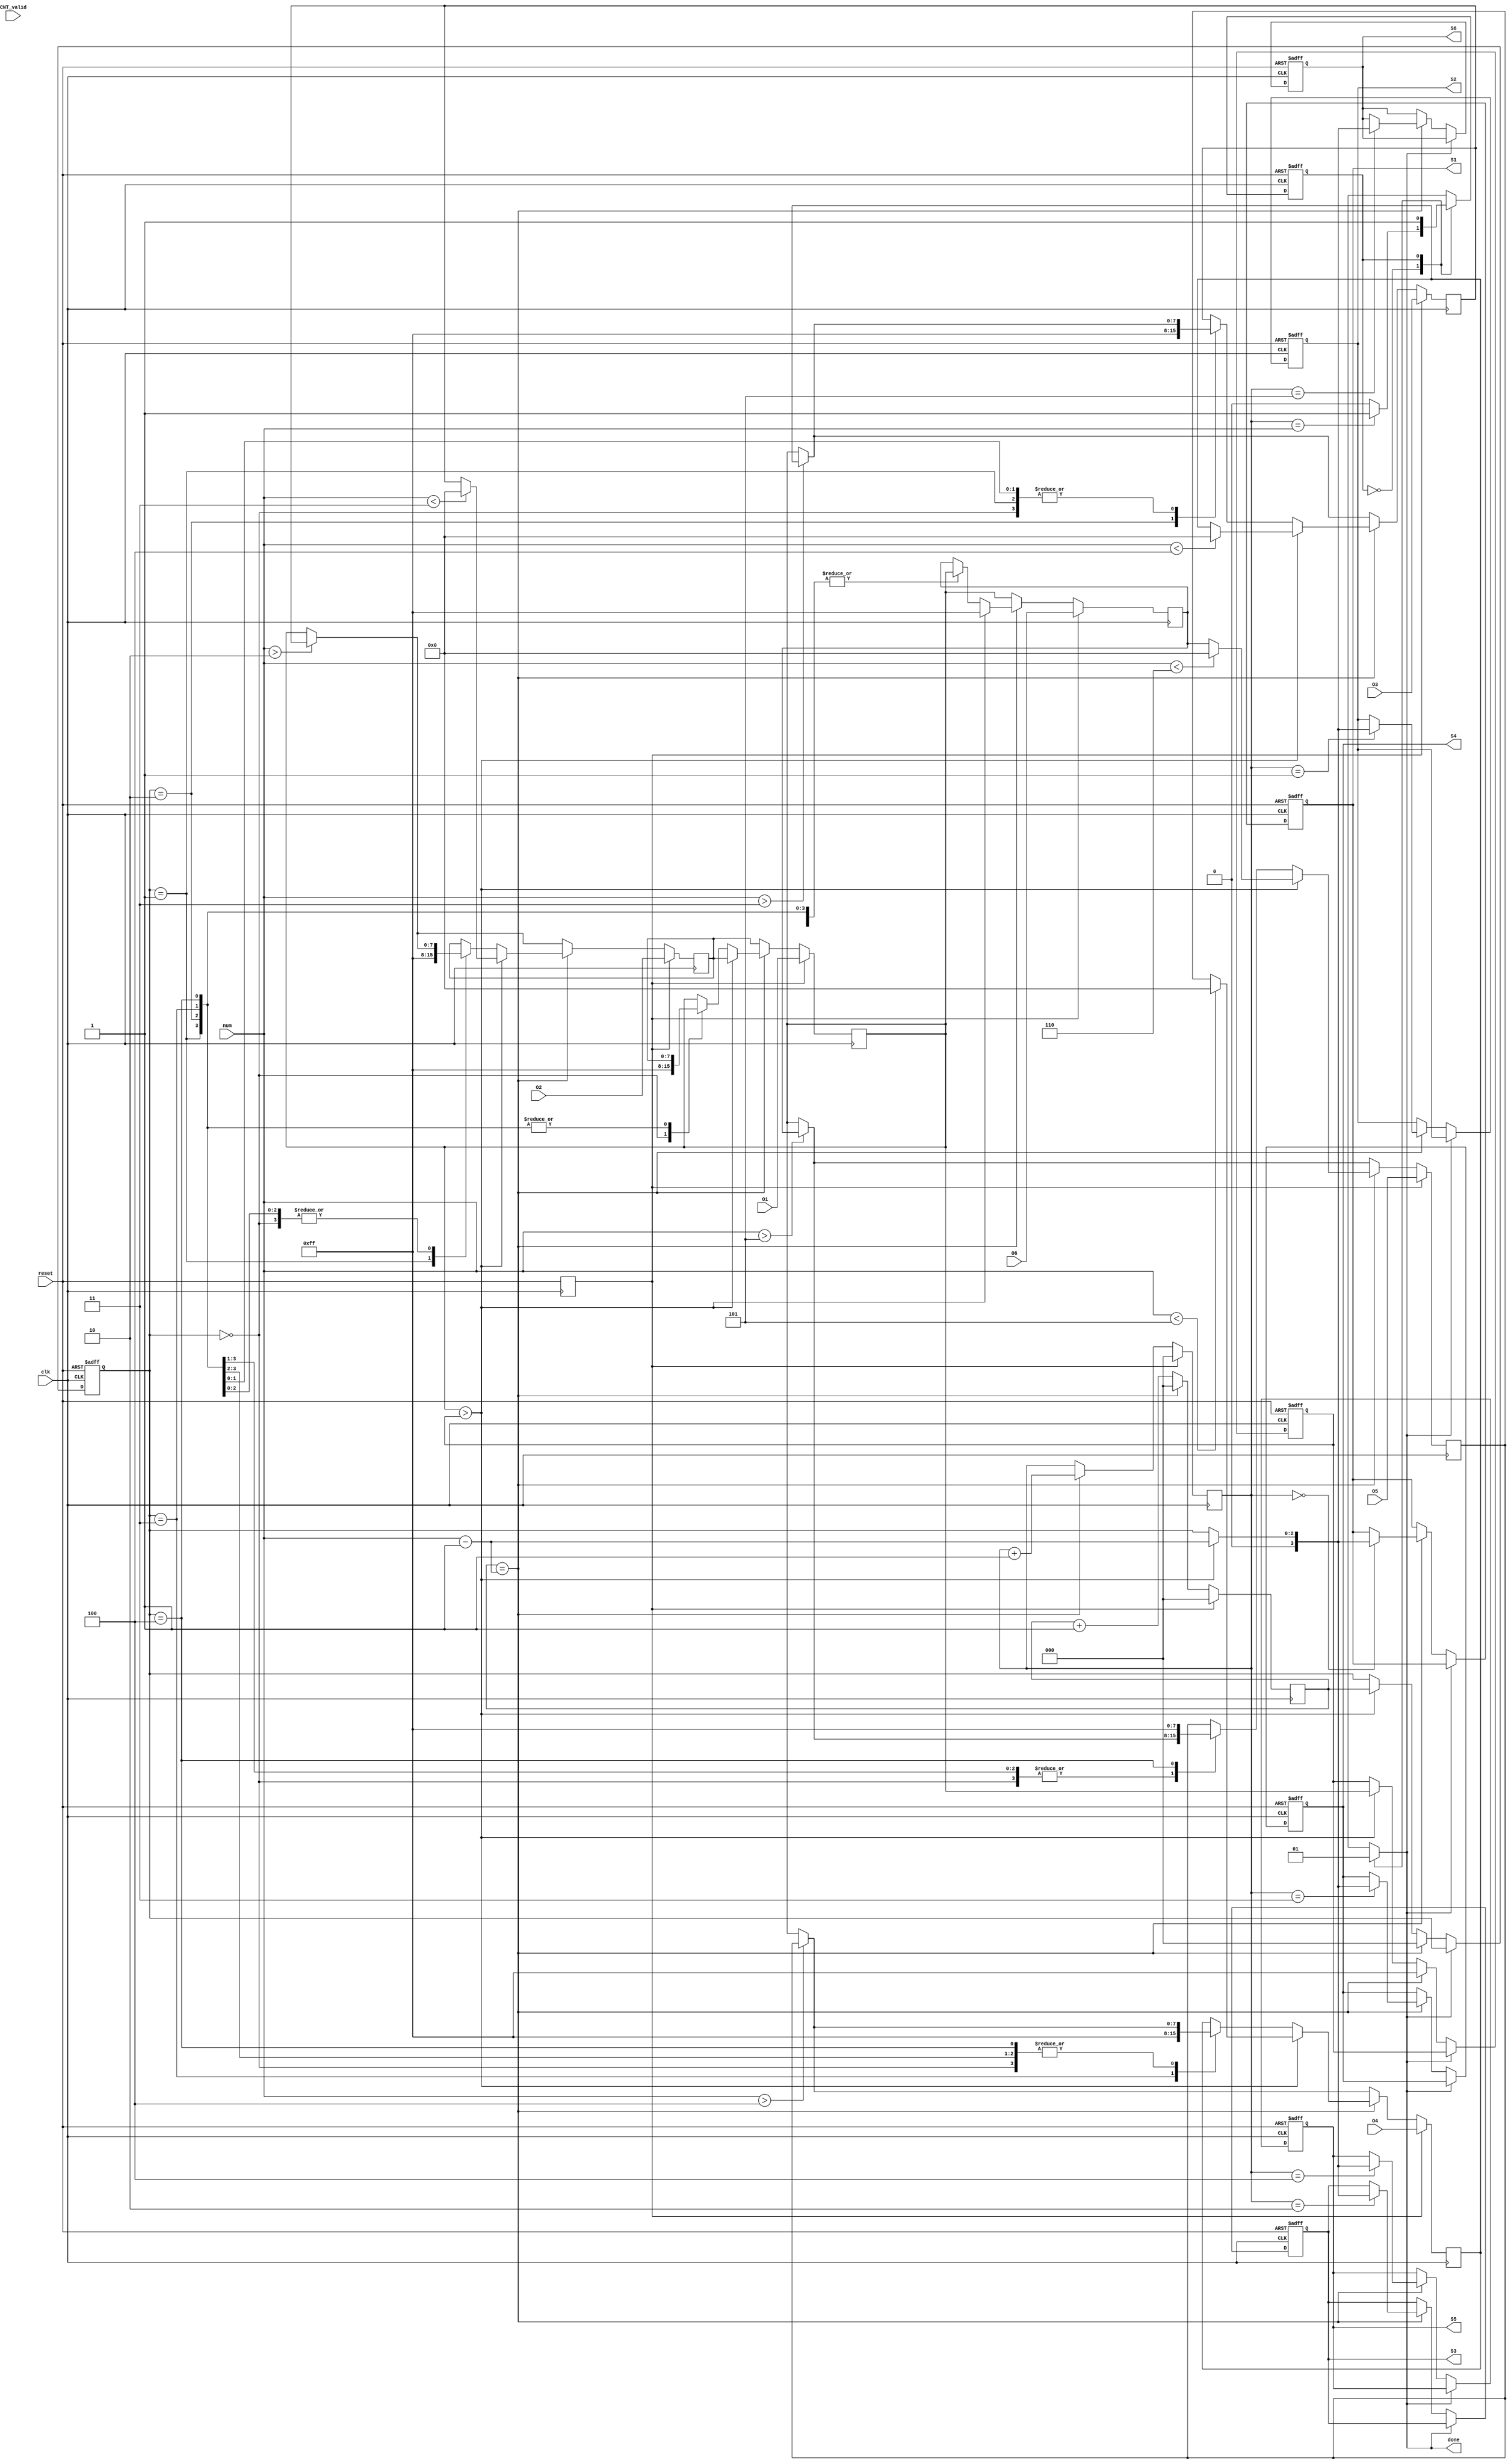
module Sorting(clk,
               reset,
               CNT_valid,
               num,
               O1,
               O2,
               O3, 
               O4,
               O5,
               O6,
               S1,
               S2, 
               S3,
               S4,
               S5,
               S6,
               done);

input            clk;
input            reset;
input            CNT_valid;
input      [2:0] num;
input      [7:0] O1;
input      [7:0] O2;
input      [7:0] O3;
input      [7:0] O4;
input      [7:0] O5;
input      [7:0] O6;
output     [3:0] S1;
output     [3:0] S2;
output     [3:0] S3;
output     [3:0] S4;
output     [3:0] S5;
output     [3:0] S6;
output           done;

reg        [3:0] S1;
reg        [3:0] S2;
reg        [3:0] S3;
reg        [3:0] S4;
reg        [3:0] S5;
reg        [3:0] S6;

reg              cs;
reg              ns;

reg              find;
reg        [2:0] cnt;
reg        [2:0] finish_cnt;
reg signed [7:0] sort_reg [0:5];

reg        [2:0] tmp_index;
reg signed [7:0] tmp;

reg              done;

wire             last_index;
wire       [2:0] num_1;

reg              rst_1;

parameter        SORT = 1'b0,
                 DONE = 1'b1;

integer i;

// ==================== Control Unit ====================
always @(posedge clk or posedge reset) begin 
  if (reset) cs <= SORT;
  else       cs <= ns;
end

always @(*) begin
  ns = cs;
  case (cs)
    SORT: begin
      if (finish_cnt == num) ns = DONE;
    end
    DONE: begin
    end
  endcase
end

always @(*) begin
  done    = 'b0;
  case (cs)
    SORT: begin
    end
    DONE: begin
      done = 'b1;
    end
  endcase
end
// ======================================================

// ====================== Datapath ======================
assign last_index = cnt == num_1;
assign num_1 = num - 'b1;

// make reset deley 1 cycle
always @(posedge clk) rst_1 <= reset;

always @(posedge clk) begin
  if (rst_1) finish_cnt <= 'b0;
  else begin
    finish_cnt <= (last_index) ? finish_cnt + 'b1 : finish_cnt;
  end
end

// counting the number of iterate
always @(posedge clk) begin
  if (rst_1) cnt <= 'b0;
  else begin
    cnt <= (last_index) ? 'b0 : cnt + 'b1;
  end
end

// find the largest number
always @(posedge clk) begin
  if (rst_1) begin
      sort_reg[0] <= O1;
      sort_reg[1] <= O2;
      sort_reg[2] <= O3;
      sort_reg[3] <= O4;
      sort_reg[4] <= O5;
      sort_reg[5] <= O6;
  end
  else begin
    if (last_index) begin
      if (sort_reg[0] > tmp) begin
        sort_reg[0] <= sort_reg[1];
        sort_reg[1] <= (num < 3) ? 'b0 : sort_reg[2];
        sort_reg[2] <= (num < 4) ? 'b0 : sort_reg[3];
        sort_reg[3] <= (num < 5) ? 'b0 : sort_reg[4];
        sort_reg[4] <= (num < 6) ? 'b0 : sort_reg[5];
        sort_reg[5] <= -1;
      end
      else begin
        case (tmp_index)
          0: begin
            sort_reg[0] <= -1;
            sort_reg[1] <= (num > 2) ? sort_reg[2] : sort_reg[0];
            sort_reg[2] <= (num > 3) ? sort_reg[3] : sort_reg[0];
            sort_reg[3] <= (num > 4) ? sort_reg[4] : sort_reg[0];
            sort_reg[4] <= (num > 5) ? sort_reg[5] : sort_reg[0];
            sort_reg[5] <= sort_reg[0];
          end
          1: begin
            sort_reg[0] <= sort_reg[1];
            sort_reg[1] <= -1;
            sort_reg[2] <= (num > 3) ? sort_reg[3] : sort_reg[0];
            sort_reg[3] <= (num > 4) ? sort_reg[4] : sort_reg[0];
            sort_reg[4] <= (num > 5) ? sort_reg[5] : sort_reg[0];
            sort_reg[5] <= sort_reg[0];
          end
          2: begin
            sort_reg[0] <= sort_reg[1];
            sort_reg[1] <= (num > 2) ? sort_reg[2] : sort_reg[0];
            sort_reg[2] <= -1;
            sort_reg[3] <= (num > 4) ? sort_reg[4] : sort_reg[0];
            sort_reg[4] <= (num > 5) ? sort_reg[5] : sort_reg[0];
            sort_reg[5] <= sort_reg[0];
          end
          3: begin
            sort_reg[0] <= sort_reg[1];
            sort_reg[1] <= (num > 2) ? sort_reg[2] : sort_reg[0];
            sort_reg[2] <= (num > 3) ? sort_reg[3] : sort_reg[0];
            sort_reg[3] <= -1;
            sort_reg[4] <= (num > 5) ? sort_reg[5] : sort_reg[0];
            sort_reg[5] <= sort_reg[0];
          end
          4: begin
            sort_reg[0] <= sort_reg[1];
            sort_reg[1] <= (num > 2) ? sort_reg[2] : sort_reg[0];
            sort_reg[2] <= (num > 3) ? sort_reg[3] : sort_reg[0];
            sort_reg[3] <= (num > 4) ? sort_reg[4] : sort_reg[0];
            sort_reg[4] <= -1;
            sort_reg[5] <= sort_reg[0];
          end
        endcase
      end
    end
    else begin
      sort_reg[0] <= sort_reg[1];
      sort_reg[1] <= (num > 2) ? sort_reg[2] : sort_reg[0];
      sort_reg[2] <= (num > 3) ? sort_reg[3] : sort_reg[0];
      sort_reg[3] <= (num > 4) ? sort_reg[4] : sort_reg[0];
      sort_reg[4] <= (num > 5) ? sort_reg[5] : sort_reg[0];
      sort_reg[5] <= sort_reg[0];
    end
  end
end

// find the largest number, and put its index into S1 ~ S6
always @(posedge clk or posedge reset) begin 
  if (reset) begin
    tmp       <= -1;
    tmp_index <= 'b0;
    S1        <= 'd0;
    S2        <= 'd1;
    S3        <= 'd2;
    S4        <= 'd3;
    S5        <= 'd4;
    S6        <= 'd5;
  end
  else if (~done) begin
    if (last_index) begin
      tmp       <= -1;
      tmp_index <= 'b0;
    end
    else if (sort_reg[0] > tmp) begin
      tmp       <= sort_reg[0];
      tmp_index <= cnt;
    end
    if (last_index) begin
      case (finish_cnt)
        0: S1 <= (sort_reg[0] > tmp) ? num_1 : tmp_index;
        1: S2 <= (sort_reg[0] > tmp) ? num_1 : tmp_index;
        2: S3 <= (sort_reg[0] > tmp) ? num_1 : tmp_index;
        3: S4 <= (sort_reg[0] > tmp) ? num_1 : tmp_index;
        4: S5 <= (sort_reg[0] > tmp) ? num_1 : tmp_index;
        5: S6 <= (sort_reg[0] > tmp) ? num_1 : tmp_index;
      endcase
    end
  end
end
// ======================================================

endmodule